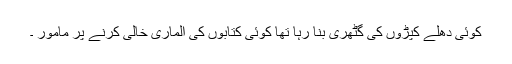
کوئی دھلے کپڑوں کی گٹھری بنا رہا تھا کوئی کتابوں کی الماری خالی کرنے پر مامور ۔